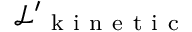
\mathcal { L } { ' } _ { \mathrm { ~ k ~ i ~ n ~ e ~ t ~ i ~ c ~ } }